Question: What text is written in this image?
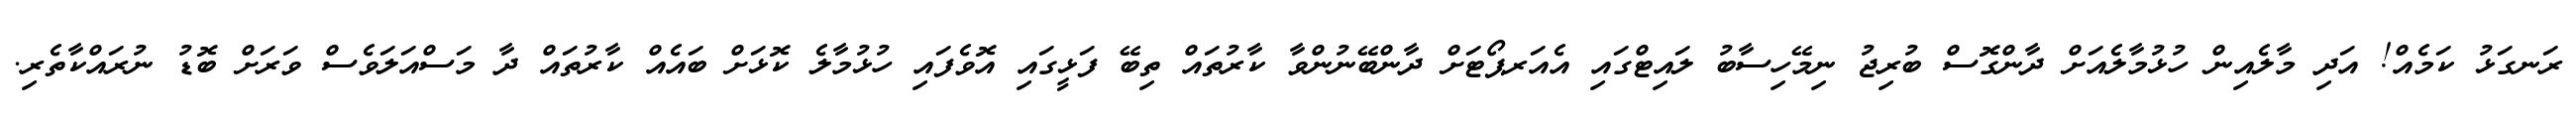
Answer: ރަނގަޅު ކަމެއް! އަދި މާލެއިން ހުޅުމާލެއަށް ދާންގޮސް ބުރިޖު ނިމޭހިސާބު ލައިޓްގައި އެއަރޕޯޓަށް ދާންބޭނުންވާ ކާރުތައް ތިބޭ ފަޅީގައި އޮވެފައި ހުޅުމާލެ ކޮޅަށް ބައެއް ކާރުތައް ދާ މަސްއަލަވެސް ވަރަށް ބޮޑު ނުރައްކާތެރި.